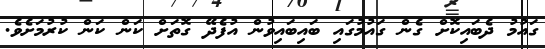
ގައުމު ދެބައިކޮށް ގެން ގައުމުގައި ބައިބައިވުން އުފެދޭ ގޮތަށް ކަން ކަން ކުރުމަށެވެ.